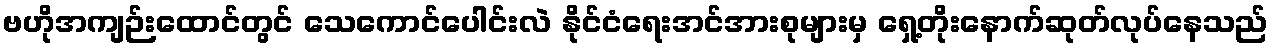
ဗဟိုအကျဉ်းထောင်တွင် သေကောင်ပေါင်းလဲ နိုင်ငံရေးအင်အားစုများမှ ရှေ့တိုးနောက်ဆုတ်လုပ်နေသည်